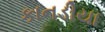
કાનડીયા